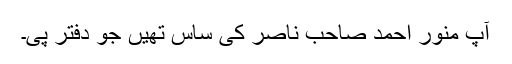
آپ منور احمد صاحب ناصر کی ساس تھیں جو دفتر پی۔